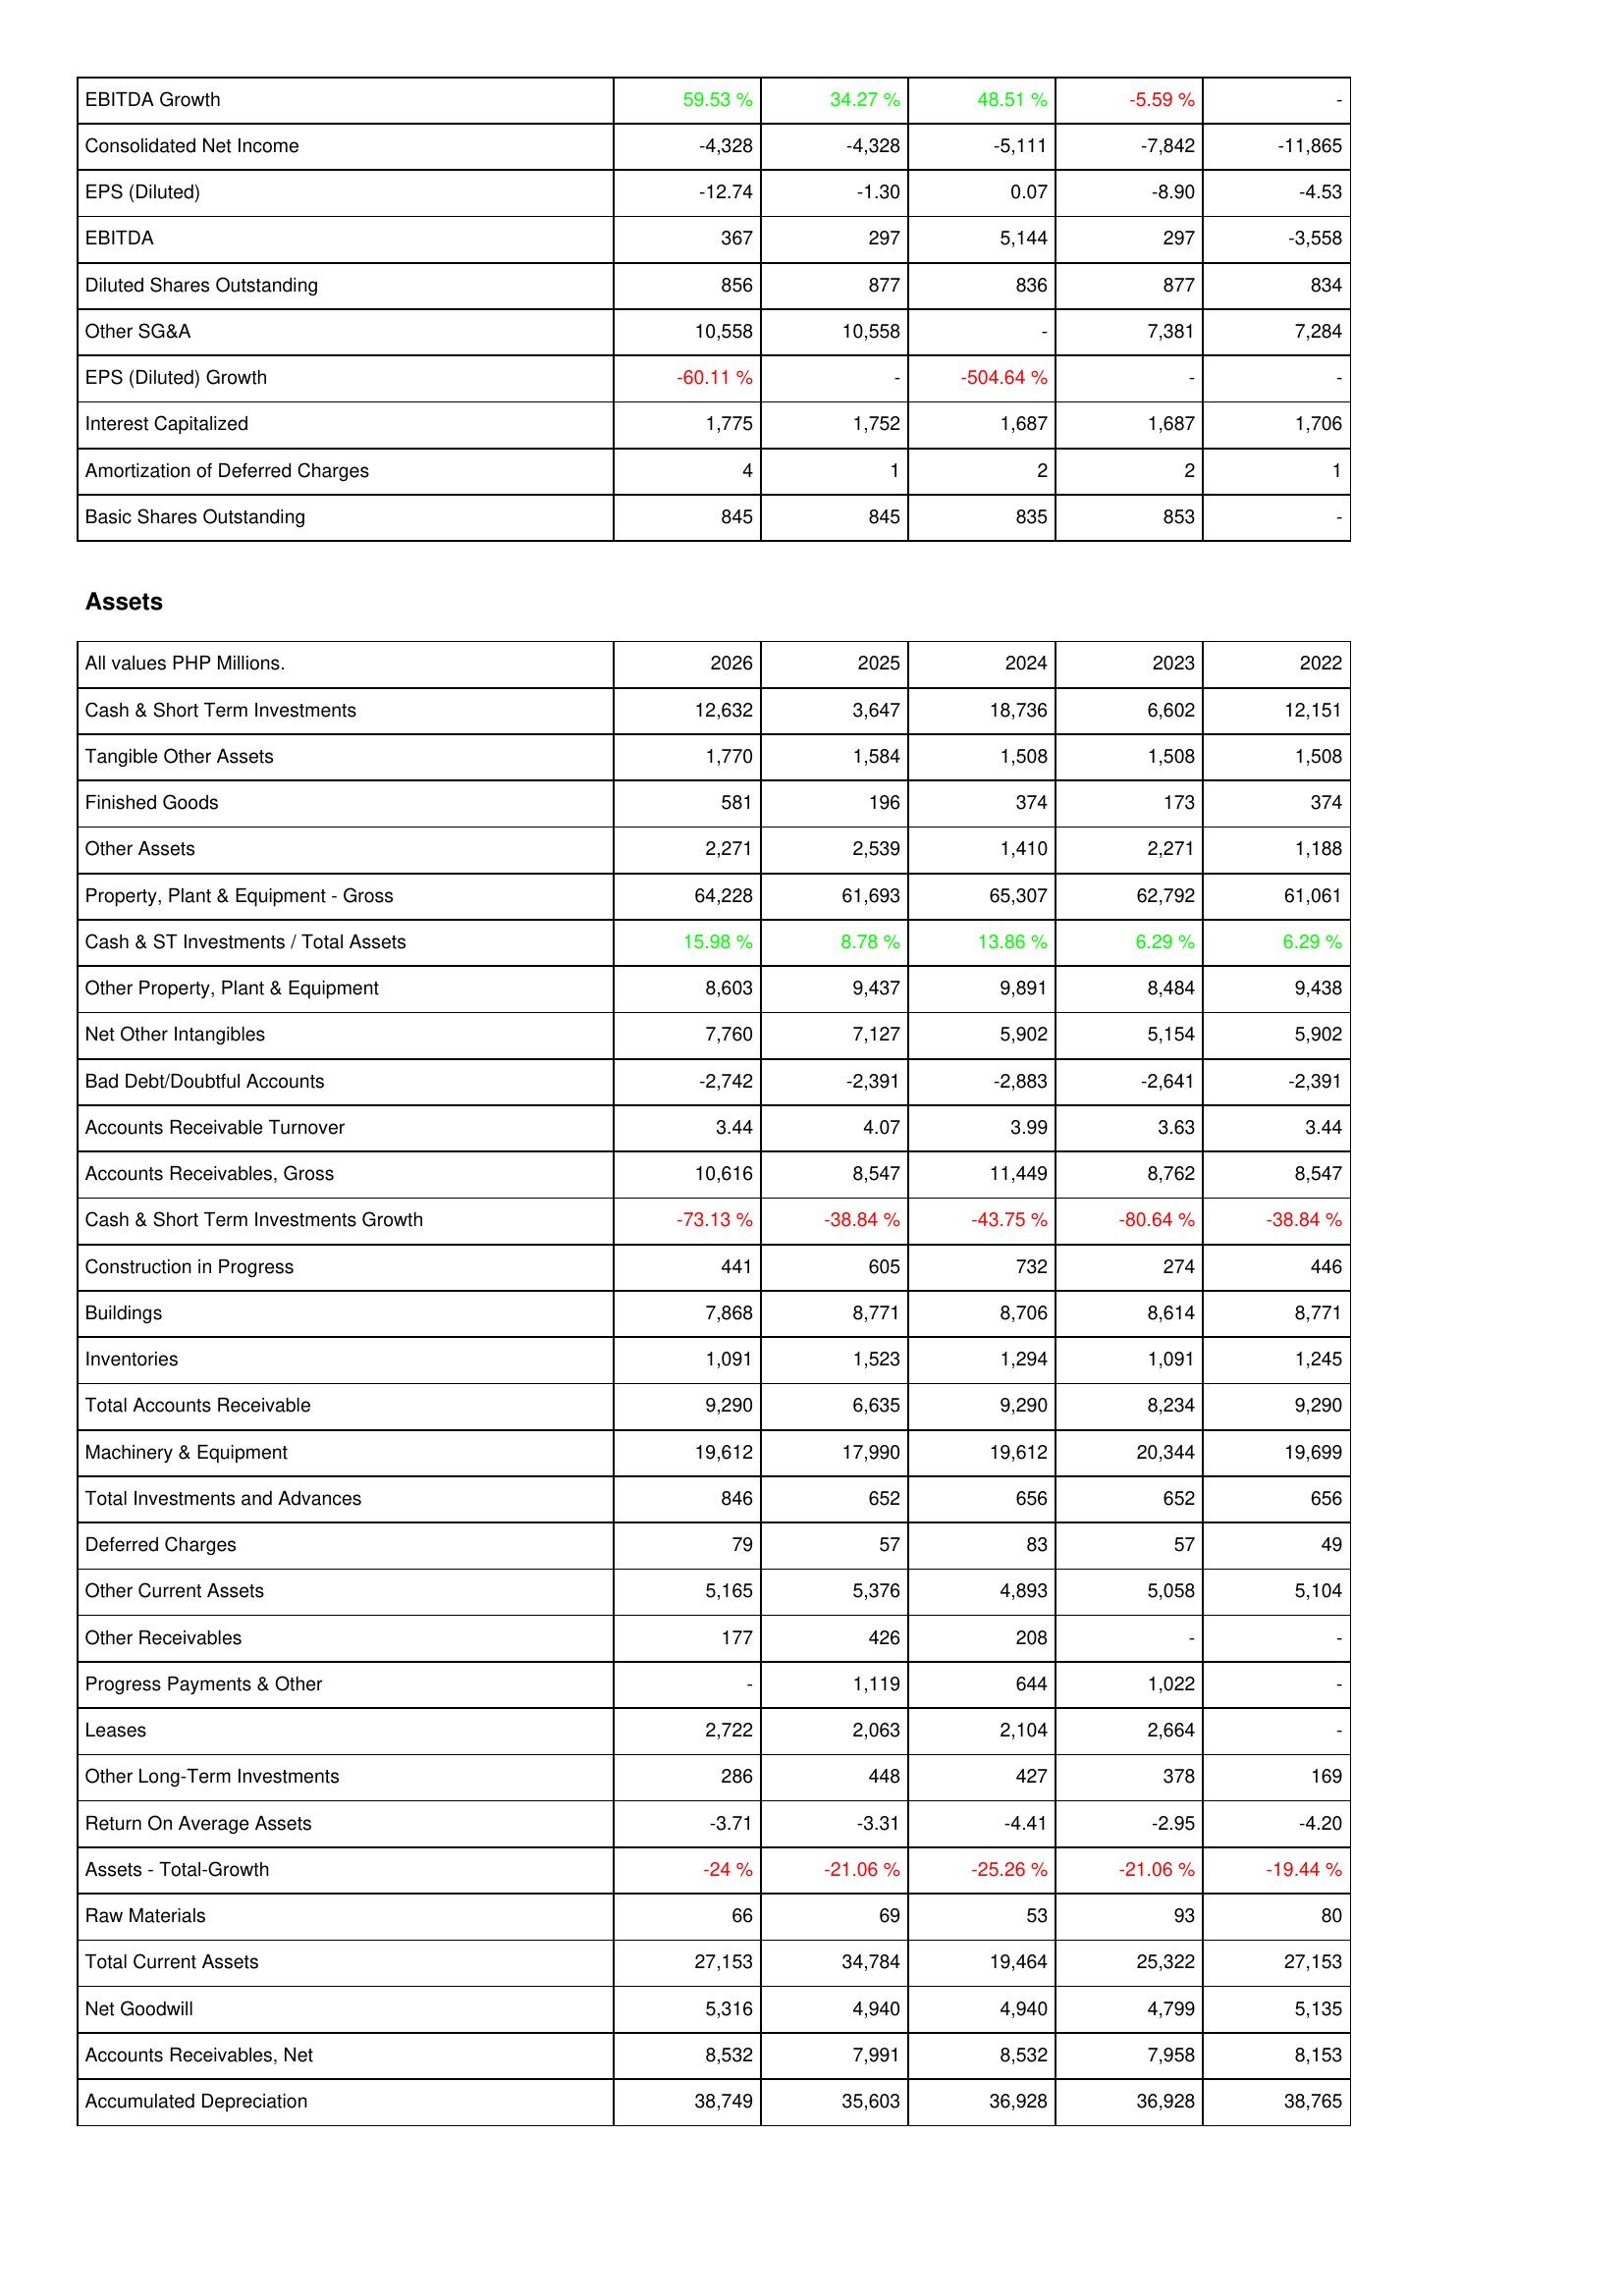
2026: Income Statement: EBITDA Growth: 59.53 %
Consolidated Net Income: -4,328
EPS (Diluted): -12.74
EBITDA: 367
Diluted Shares Outstanding: 856
Other SG&A: 10,558
EPS (Diluted) Growth: -60.11 %
Interest Capitalized: 1,775
Amortization of Deferred Charges: 4
Basic Shares Outstanding: 845
Assets: Cash & Short Term Investments: 12,632
Tangible Other Assets: 1,770
Finished Goods: 581
Other Assets: 2,271
Property, Plant & Equipment - Gross: 64,228
Cash & ST Investments / Total Assets: 15.98 %
Other Property, Plant & Equipment: 8,603
Net Other Intangibles: 7,760
Bad Debt/Doubtful Accounts: -2,742
Accounts Receivable Turnover: 3.44
Accounts Receivables, Gross: 10,616
Cash & Short Term Investments Growth: -73.13 %
Construction in Progress: 441
Buildings: 7,868
Inventories: 1,091
Total Accounts Receivable: 9,290
Machinery & Equipment: 19,612
Total Investments and Advances: 846
Deferred Charges: 79
Other Current Assets: 5,165
Other Receivables: 177
Progress Payments & Other: -
Leases: 2,722
Other Long-Term Investments: 286
Return On Average Assets: -3.71
Assets - Total-Growth: -24 %
Raw Materials: 66
Total Current Assets: 27,153
Net Goodwill: 5,316
Accounts Receivables, Net: 8,532
Accumulated Depreciation: 38,749
2025: Income Statement: EBITDA Growth: 34.27 %
Consolidated Net Income: -4,328
EPS (Diluted): -1.30
EBITDA: 297
Diluted Shares Outstanding: 877
Other SG&A: 10,558
EPS (Diluted) Growth: -
Interest Capitalized: 1,752
Amortization of Deferred Charges: 1
Basic Shares Outstanding: 845
Assets: Cash & Short Term Investments: 3,647
Tangible Other Assets: 1,584
Finished Goods: 196
Other Assets: 2,539
Property, Plant & Equipment - Gross: 61,693
Cash & ST Investments / Total Assets: 8.78 %
Other Property, Plant & Equipment: 9,437
Net Other Intangibles: 7,127
Bad Debt/Doubtful Accounts: -2,391
Accounts Receivable Turnover: 4.07
Accounts Receivables, Gross: 8,547
Cash & Short Term Investments Growth: -38.84 %
Construction in Progress: 605
Buildings: 8,771
Inventories: 1,523
Total Accounts Receivable: 6,635
Machinery & Equipment: 17,990
Total Investments and Advances: 652
Deferred Charges: 57
Other Current Assets: 5,376
Other Receivables: 426
Progress Payments & Other: 1,119
Leases: 2,063
Other Long-Term Investments: 448
Return On Average Assets: -3.31
Assets - Total-Growth: -21.06 %
Raw Materials: 69
Total Current Assets: 34,784
Net Goodwill: 4,940
Accounts Receivables, Net: 7,991
Accumulated Depreciation: 35,603
2024: Income Statement: EBITDA Growth: 48.51 %
Consolidated Net Income: -5,111
EPS (Diluted): 0.07
EBITDA: 5,144
Diluted Shares Outstanding: 836
Other SG&A: -
EPS (Diluted) Growth: -504.64 %
Interest Capitalized: 1,687
Amortization of Deferred Charges: 2
Basic Shares Outstanding: 835
Assets: Cash & Short Term Investments: 18,736
Tangible Other Assets: 1,508
Finished Goods: 374
Other Assets: 1,410
Property, Plant & Equipment - Gross: 65,307
Cash & ST Investments / Total Assets: 13.86 %
Other Property, Plant & Equipment: 9,891
Net Other Intangibles: 5,902
Bad Debt/Doubtful Accounts: -2,883
Accounts Receivable Turnover: 3.99
Accounts Receivables, Gross: 11,449
Cash & Short Term Investments Growth: -43.75 %
Construction in Progress: 732
Buildings: 8,706
Inventories: 1,294
Total Accounts Receivable: 9,290
Machinery & Equipment: 19,612
Total Investments and Advances: 656
Deferred Charges: 83
Other Current Assets: 4,893
Other Receivables: 208
Progress Payments & Other: 644
Leases: 2,104
Other Long-Term Investments: 427
Return On Average Assets: -4.41
Assets - Total-Growth: -25.26 %
Raw Materials: 53
Total Current Assets: 19,464
Net Goodwill: 4,940
Accounts Receivables, Net: 8,532
Accumulated Depreciation: 36,928
2023: Income Statement: EBITDA Growth: -5.59 %
Consolidated Net Income: -7,842
EPS (Diluted): -8.90
EBITDA: 297
Diluted Shares Outstanding: 877
Other SG&A: 7,381
EPS (Diluted) Growth: -
Interest Capitalized: 1,687
Amortization of Deferred Charges: 2
Basic Shares Outstanding: 853
Assets: Cash & Short Term Investments: 6,602
Tangible Other Assets: 1,508
Finished Goods: 173
Other Assets: 2,271
Property, Plant & Equipment - Gross: 62,792
Cash & ST Investments / Total Assets: 6.29 %
Other Property, Plant & Equipment: 8,484
Net Other Intangibles: 5,154
Bad Debt/Doubtful Accounts: -2,641
Accounts Receivable Turnover: 3.63
Accounts Receivables, Gross: 8,762
Cash & Short Term Investments Growth: -80.64 %
Construction in Progress: 274
Buildings: 8,614
Inventories: 1,091
Total Accounts Receivable: 8,234
Machinery & Equipment: 20,344
Total Investments and Advances: 652
Deferred Charges: 57
Other Current Assets: 5,058
Other Receivables: -
Progress Payments & Other: 1,022
Leases: 2,664
Other Long-Term Investments: 378
Return On Average Assets: -2.95
Assets - Total-Growth: -21.06 %
Raw Materials: 93
Total Current Assets: 25,322
Net Goodwill: 4,799
Accounts Receivables, Net: 7,958
Accumulated Depreciation: 36,928
2022: Income Statement: EBITDA Growth: -
Consolidated Net Income: -11,865
EPS (Diluted): -4.53
EBITDA: -3,558
Diluted Shares Outstanding: 834
Other SG&A: 7,284
EPS (Diluted) Growth: -
Interest Capitalized: 1,706
Amortization of Deferred Charges: 1
Basic Shares Outstanding: -
Assets: Cash & Short Term Investments: 12,151
Tangible Other Assets: 1,508
Finished Goods: 374
Other Assets: 1,188
Property, Plant & Equipment - Gross: 61,061
Cash & ST Investments / Total Assets: 6.29 %
Other Property, Plant & Equipment: 9,438
Net Other Intangibles: 5,902
Bad Debt/Doubtful Accounts: -2,391
Accounts Receivable Turnover: 3.44
Accounts Receivables, Gross: 8,547
Cash & Short Term Investments Growth: -38.84 %
Construction in Progress: 446
Buildings: 8,771
Inventories: 1,245
Total Accounts Receivable: 9,290
Machinery & Equipment: 19,699
Total Investments and Advances: 656
Deferred Charges: 49
Other Current Assets: 5,104
Other Receivables: -
Progress Payments & Other: -
Leases: -
Other Long-Term Investments: 169
Return On Average Assets: -4.20
Assets - Total-Growth: -19.44 %
Raw Materials: 80
Total Current Assets: 27,153
Net Goodwill: 5,135
Accounts Receivables, Net: 8,153
Accumulated Depreciation: 38,765